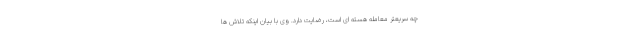
چه سریعتر معامله هسته ای است، رضایت دارد. وی با بیان اینکه تلاش ها